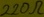
Text: 220Ω